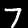
Label: 7